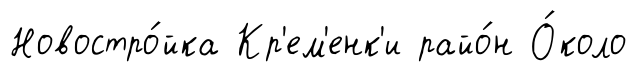
Новостро́йка Кр'ем'енк'и райо́н О́коло